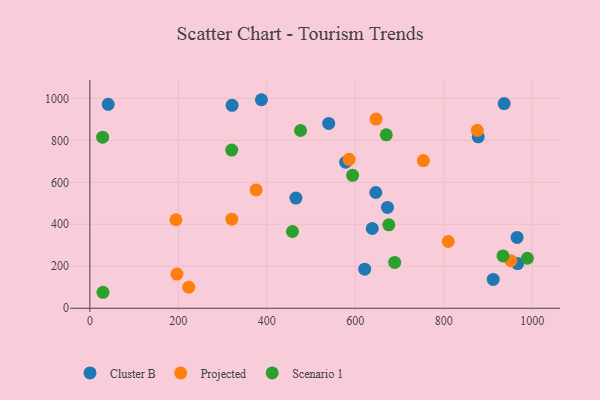
{"axis": {"x": "Speed", "y": "Fuel Efficiency"}, "legend": ["Cluster B", "Projected", "Scenario 1"], "data": [{"x": "41.4", "y": 971.3, "type": "Cluster B"}, {"x": "672.7", "y": 480.4, "type": "Cluster B"}, {"x": "465.8", "y": 525.0, "type": "Cluster B"}, {"x": "321.5", "y": 966.7, "type": "Cluster B"}, {"x": "936.5", "y": 974.9, "type": "Cluster B"}, {"x": "638.3", "y": 380.0, "type": "Cluster B"}, {"x": "646.3", "y": 551.5, "type": "Cluster B"}, {"x": "621.2", "y": 186.0, "type": "Cluster B"}, {"x": "911.8", "y": 137.1, "type": "Cluster B"}, {"x": "387.8", "y": 993.4, "type": "Cluster B"}, {"x": "965.7", "y": 337.5, "type": "Cluster B"}, {"x": "578.1", "y": 695.6, "type": "Cluster B"}, {"x": "539.9", "y": 880.3, "type": "Cluster B"}, {"x": "877.8", "y": 816.7, "type": "Cluster B"}, {"x": "967.0", "y": 212.9, "type": "Cluster B"}, {"x": "375.8", "y": 563.8, "type": "Projected"}, {"x": "586.0", "y": 709.3, "type": "Projected"}, {"x": "875.7", "y": 847.8, "type": "Projected"}, {"x": "196.8", "y": 162.9, "type": "Projected"}, {"x": "223.5", "y": 100.2, "type": "Projected"}, {"x": "646.9", "y": 901.1, "type": "Projected"}, {"x": "194.5", "y": 421.6, "type": "Projected"}, {"x": "320.9", "y": 424.3, "type": "Projected"}, {"x": "810.1", "y": 318.0, "type": "Projected"}, {"x": "951.6", "y": 226.4, "type": "Projected"}, {"x": "753.9", "y": 703.3, "type": "Projected"}, {"x": "689.0", "y": 218.4, "type": "Scenario 1"}, {"x": "675.8", "y": 397.4, "type": "Scenario 1"}, {"x": "320.6", "y": 753.4, "type": "Scenario 1"}, {"x": "670.0", "y": 826.3, "type": "Scenario 1"}, {"x": "933.9", "y": 249.2, "type": "Scenario 1"}, {"x": "989.0", "y": 238.3, "type": "Scenario 1"}, {"x": "458.0", "y": 365.7, "type": "Scenario 1"}, {"x": "29.6", "y": 76.1, "type": "Scenario 1"}, {"x": "593.9", "y": 633.1, "type": "Scenario 1"}, {"x": "28.8", "y": 814.8, "type": "Scenario 1"}, {"x": "476.2", "y": 846.7, "type": "Scenario 1"}]}